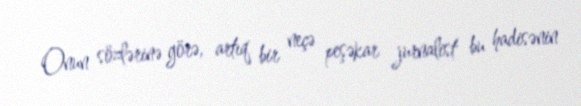
Onun sözlərinə görə, artıq bir neçə peşəkar jurnalist bu hadisənin